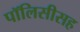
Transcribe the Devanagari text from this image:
पॉलिसीसह